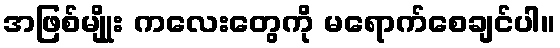
အဖြစ်မျိုုး ကလေးတွေကို မရောက်စေချင်ပါ။